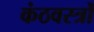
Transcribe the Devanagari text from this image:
कंठवस्त्रों